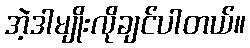
အဲ့ဒါမျိုးလိုချင်ပါတယ်။